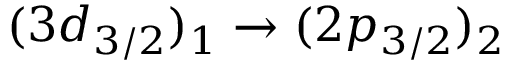
( 3 d _ { 3 / 2 } ) _ { 1 } \rightarrow ( 2 p _ { 3 / 2 } ) _ { 2 }